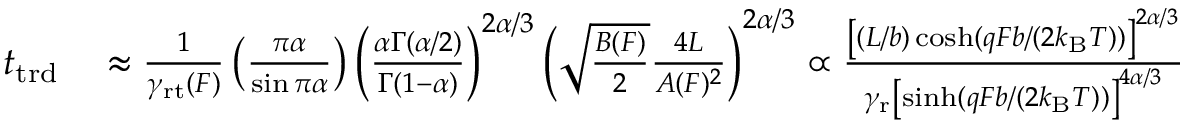
\begin{array} { r l } { t _ { \mathrm { t r d } } } & { { } \approx \frac { 1 } { \gamma _ { \mathrm { r t } } ( F ) } \left( \frac { \pi \alpha } { \sin \pi \alpha } \right) \left( \frac { \alpha \Gamma ( \alpha / 2 ) } { \Gamma ( 1 - \alpha ) } \right) ^ { 2 \alpha / 3 } \left( \sqrt { \frac { B ( F ) } { 2 } } \frac { 4 L } { A ( F ) ^ { 2 } } \right) ^ { 2 \alpha / 3 } \propto \frac { \left[ ( L / b ) \cosh ( q F b / ( 2 k _ { \mathrm { B } } T ) ) \right] ^ { 2 \alpha / 3 } } { \gamma _ { \mathrm { r } } \left[ \sinh ( q F b / ( 2 k _ { \mathrm { B } } T ) ) \right] ^ { 4 \alpha / 3 } } } \end{array}